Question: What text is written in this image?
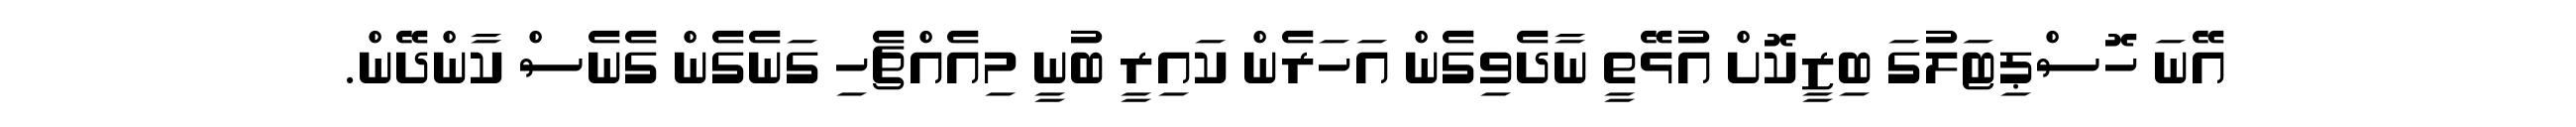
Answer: އޭނަ ހޮސްޕިޓަލުގަ ބިޒީކޮށް އުޅޭތީ ނާދެވިގެން އަހަރެން ކައިރީ ބުނީ މިއެއްޗެހި ގަނެގެން ގެނެސް ކާންދޭން.